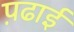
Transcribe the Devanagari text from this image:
प़ढाई